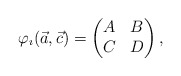
\begin{align*}\varphi_{\imath}(\vec{a},\vec{c})=\begin{pmatrix}A & B\\C & D\end{pmatrix},\end{align*}